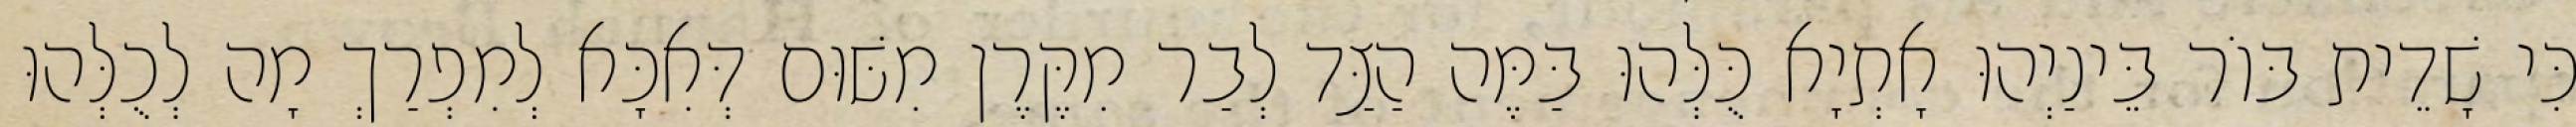
כִּי שָׁדֵית בּוֹר בֵּינַיְהוּ אָתְיָא כֻּלְּהוּ בַּמֶּה הַצַּד לְבַר מִקֶּרֶן מִשּׁוּם דְּאִכָּא לְמִפְרַךְ מָה לְכֻלְּהוּ